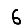
Digit: 6